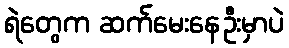
ရဲတွေက ဆက်မေးနေဦးမှာပဲ